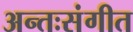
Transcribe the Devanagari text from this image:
अन्तःसंगीत